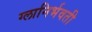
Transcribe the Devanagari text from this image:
ग्लानिर्भवती